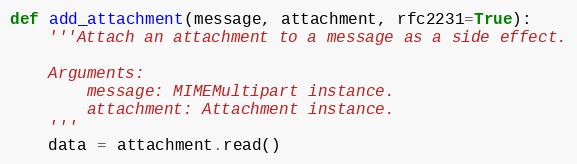
Language: Python
def add_attachment(message, attachment, rfc2231=True):
    '''Attach an attachment to a message as a side effect.

    Arguments:
        message: MIMEMultipart instance.
        attachment: Attachment instance.
    '''
    data = attachment.read()